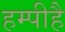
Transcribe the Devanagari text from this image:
हम्पीहै